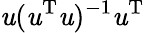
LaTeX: \mathit{u}(\mathit{u}^{\mathrm{{T}}}\mathit{u})^{-1}\mathit{u}^{\mathrm{{T}}}